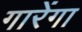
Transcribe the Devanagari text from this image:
गारेंगा